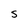
Character: S